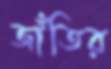
জাঁতির